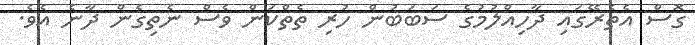
ގޮސް އެތެރޭގައި ދާހިއްލުމުގެ ސަބަބުން ހުރި ތެތްކަން ވެސް ނެތިގެން ދާނެ އެވެ.